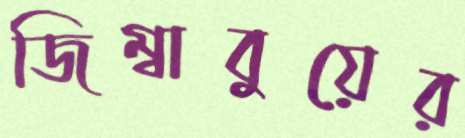
জিম্বাবুয়ের